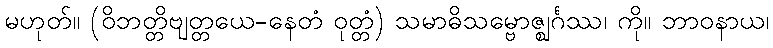
မဟုတ်။ (ဝိဘတ္တိဗျတ္တယေ-နေတံ ဝုတ္တံ) သမာဓိသမ္ဗောဇ္ဈင်္ဂဿ၊ ကို။ ဘာဝနာယ၊